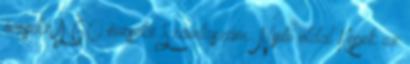
éveseké A 60 éveseké Számlaszám: Nyitó oldal Képek az